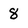
Character: 8